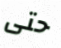
حتى